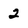
Character: 2